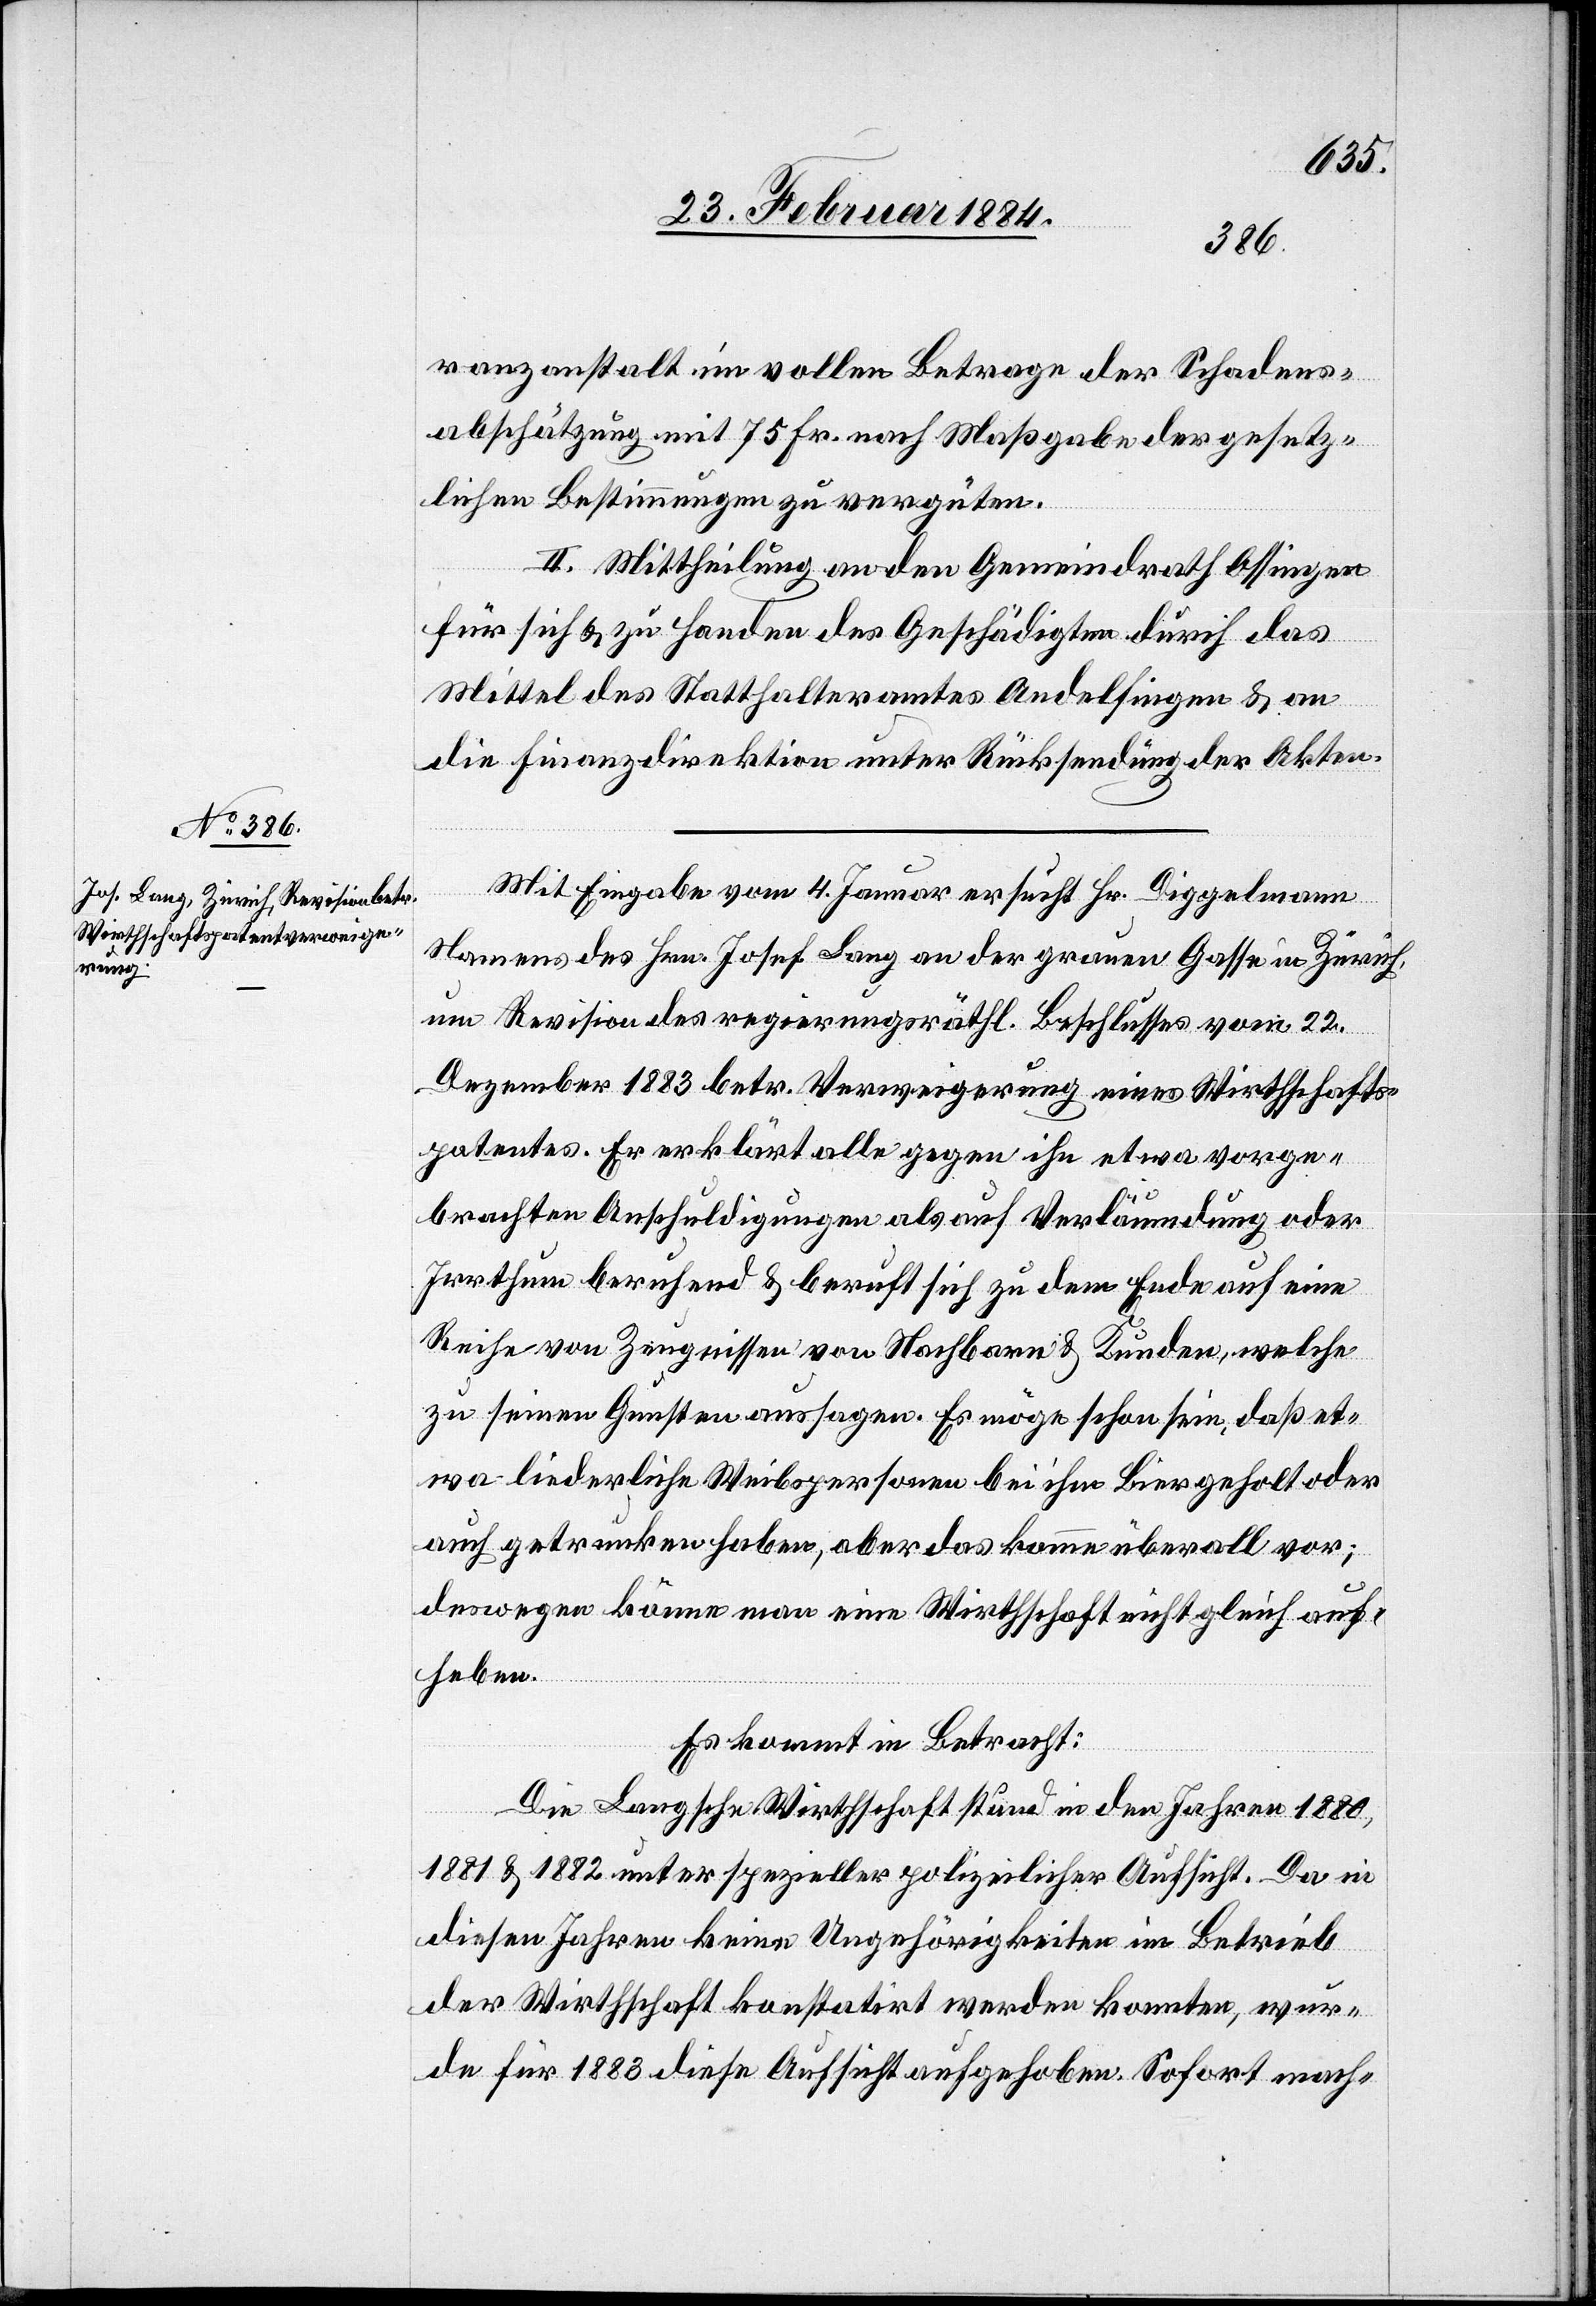
ranzanstalt im vollen Betrage der Schadens¬
abschätzung mit 75 Fr. nach Maßgabe der gesetz¬
lichen Bestimmungen zu vergüten.
II. Mittheilung an den Gemeindrath Ossingen
für sich & zu Handen der Geschädigten durch das
Mittel des Statthalteramtes Andelfingen & an
die Finanzdirektion unter Rücksendung der Akten.
Mit Eingabe vom 4. Januar ersucht Hr. Diggelmann
Namens des Hrn. Josef Lang an der grauen Gasse in Zürich
um Revision des regierungsräthl. Beschlusses vom 22.
Dezember 1883 betr. Verweigerung eines Wirthschafts¬
patentes. Er erklärt alle gegen ihn etwa vorge¬
brachten Anschuldigungen als auf Verläumdung oder
Irrthum beruhend & beruft sich zu dem Ende auf eine
Reihe von Zeugnissen von Nachbarn & Kindern, welche
zu seinen Gunsten aussagen. Es möge schon sein, daß et¬
wa liederliche Weibspersonen bei ihm Bier geholt oder
auch getrunken haben, aber das komme überall vor;
deswegen könne man eine Wirthschaft nicht gleich auf¬
heben.
Es kommt in Betracht:
Die Langsche Wirthschaft stand in den Jahren 1880,
1881 & 1882 unter spezieller polizeilicher Aufsicht. Da in
diesen Jahren keine Ungehörigkeiten im Betrieb
der Wirthschaft konstatirt werden konnten, wur¬
de für 1883 diese Aufsicht aufgehoben, Sofort mach-